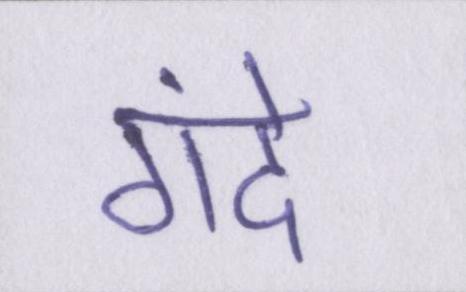
गंदे